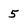
Character: 5